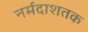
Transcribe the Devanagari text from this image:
नर्मदाशतक